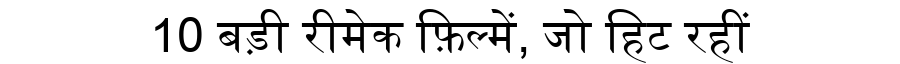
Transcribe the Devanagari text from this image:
10 बड़ी रीमेक फ़िल्में, जो हिट रहीं